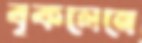
বৃকলেনে